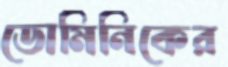
ডোমিনিকের